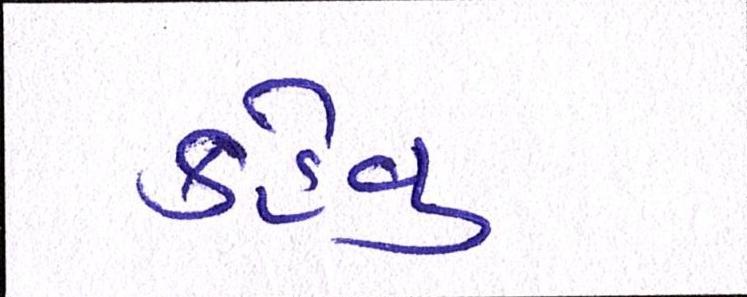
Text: કહેવુ